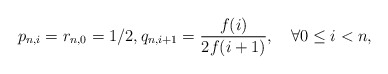
\begin{align*} p_{n,i}=r_{n,0}=1/2,q_{n,i+1}=\frac{f(i)}{2f(i+1)},\quad\forall 0\le i<n,\end{align*}